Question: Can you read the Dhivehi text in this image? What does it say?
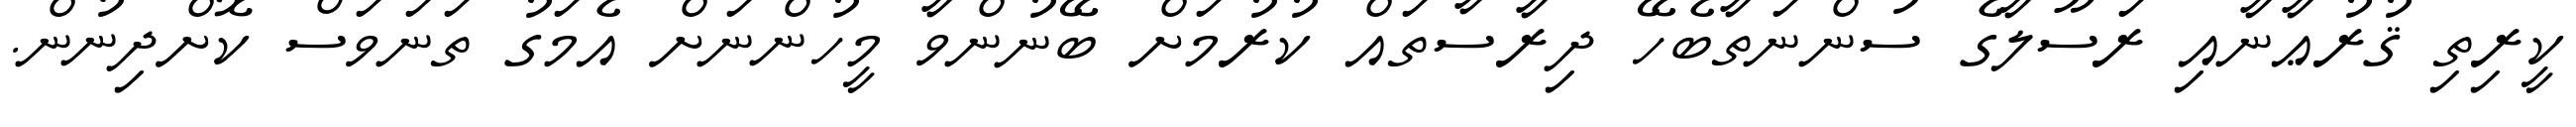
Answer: ކީރިތި ޤުރުޢާނާއި ރަސޫލާގެ ސުންނަތާބެހޭ ދިރާސާތައް ކުރުމަށް ބޭނުންވާ މީހުންނަށް އެމަގު ތަނަވަސް ކޮށްދިނުން.